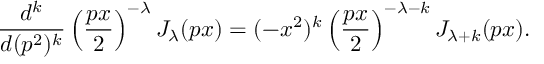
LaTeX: \frac { d ^ { k } } { d ( p ^ { 2 } ) ^ { k } } \left( \frac { p x } 2 \right) ^ { - \lambda } J _ { \lambda } ( p x ) = ( - x ^ { 2 } ) ^ { k } \left( \frac { p x } 2 \right) ^ { - \lambda - k } J _ { \lambda + k } ( p x ) .